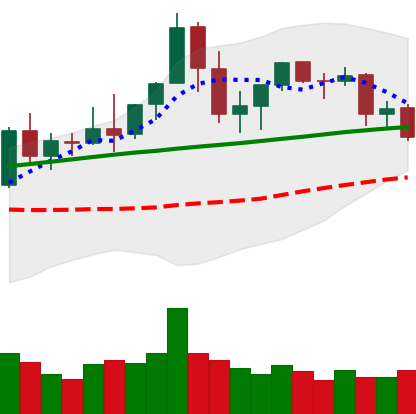
Ticker: ETC-USD
Chart end date: 2021-08-26
Forward return: 6.927%
Label: up_5_7